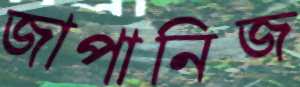
জাপানিজ